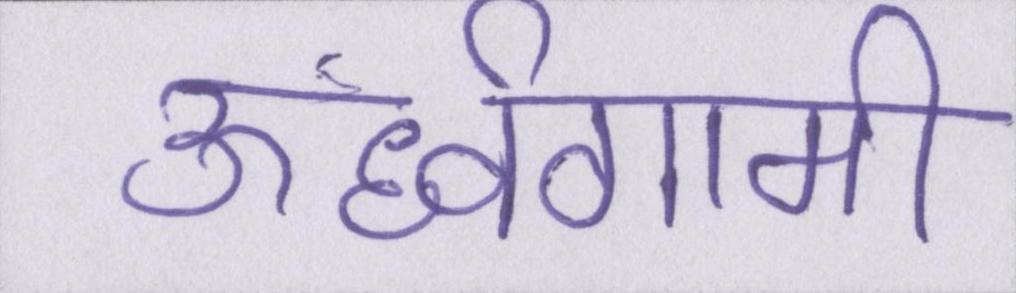
ऊर्ध्वगामी